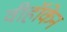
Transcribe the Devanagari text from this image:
वीहॉकेन